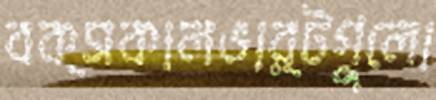
বক্সকালভার্টগুলো